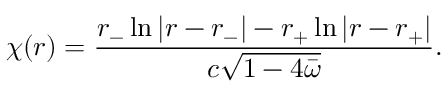
\chi ( r ) = \frac { r _ { - } \ln | r - r _ { - } | - r _ { + } \ln | r - r _ { + } | } { c \sqrt { 1 - 4 \bar { \omega } } } .